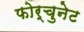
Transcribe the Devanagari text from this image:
फोर्चुनेट